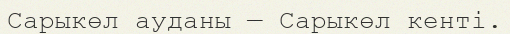
Сарыкөл ауданы — Сарыкөл кенті.